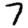
Digit: 7